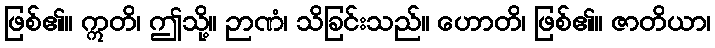
ဖြစ်၏။ ဣတိ၊ ဤသို့။ ဉာဏံ၊ သိခြင်းသည်။ ဟောတိ၊ ဖြစ်၏။ ဇာတိယာ၊